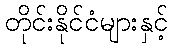
တိုင်းနိုင်ငံများနှင့်